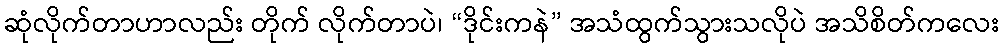
ဆုံလိုက်တာဟာလည်း တိုက် လိုက်တာပဲ၊ “ဒိုင်းကနဲ” အသံထွက်သွားသလိုပဲ အသိစိတ်ကလေး